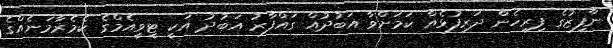
ނާފިޒުގެ ފިރިހެން ދަރިފުޅެއް ކަމަށްވާ އަބުދުއް ގައްފާރު އަބުދު އަކީ ޓީވީއެމްގެ ކެމެރާމަނެއްގެ